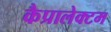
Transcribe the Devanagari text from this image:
कैप्रालेक्टम